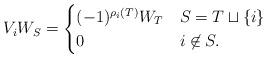
LaTeX: \begin{align*}V_iW_S=\begin{cases}(-1)^{\rho_i(T)}W_T&S=T\sqcup\{i\}\\ 0&i\not\in S.\end{cases}\end{align*}